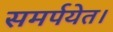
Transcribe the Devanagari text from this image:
समर्पयेत।